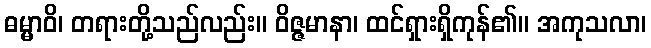
ဓမ္မာဝိ၊ တရားတို့သည်လည်း။ ဝိဇ္ဇမာနာ၊ ထင်ရှားရှိကုန်၏။ အကုသလာ၊